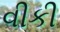
વીકી